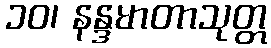
၁၀၊ နန္ဒမာတာသုတ္တ